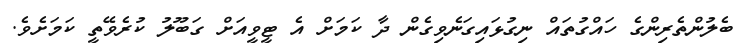
ބެލުންތެރިންގެ ހައްގުތައް ނިގުޅައިގަނެވިގެން ދާ ކަމަށް އެ ޓީވީއަށް ގަބޫލު ކުރެވޭތީ ކަމަށެވެ.